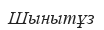
Шынытұз